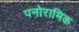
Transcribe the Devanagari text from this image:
पनोरामिक